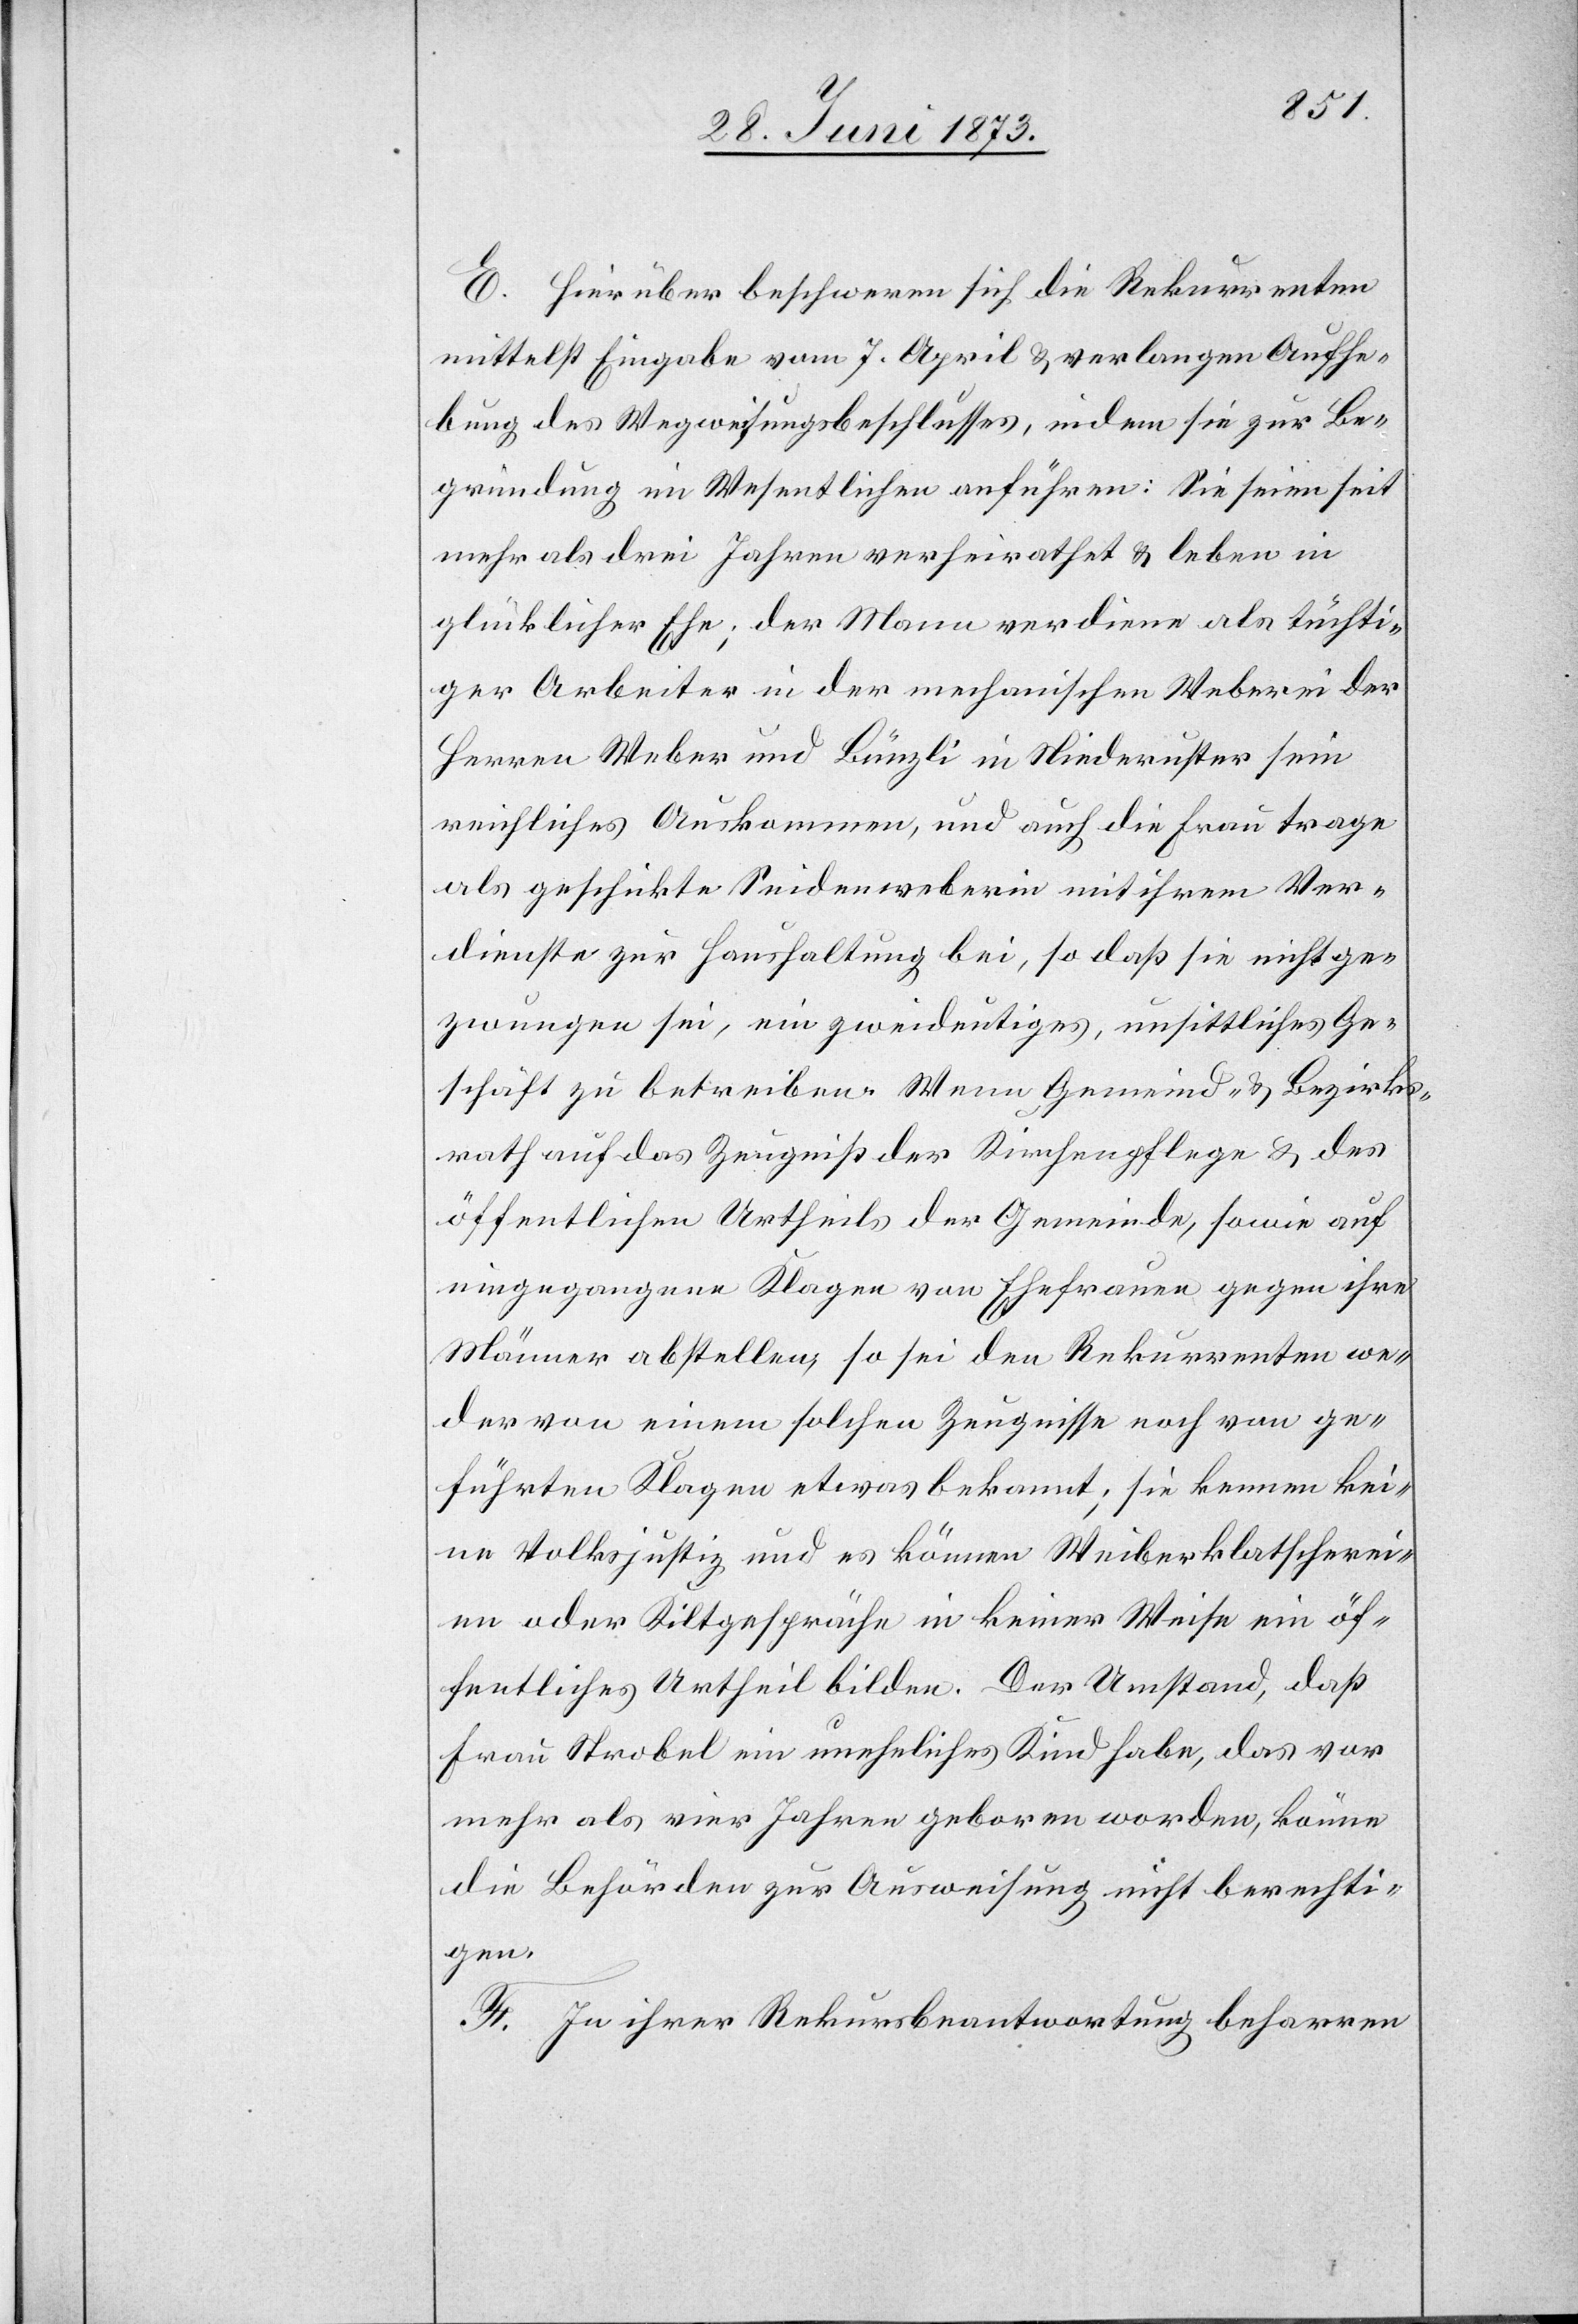
E. Hierüber beschweren sich die Rekurrenten
mittelst Eingabe vom 7. April & verlangen Aufhe¬
bung des Wegweisungsbeschlusses, indem sie zur Be¬
gründung im Wesentlichen anführen: Sie seien seit
mehr als drei Jahren verheirathet & leben in
glücklicher Ehe; der Mann verdiene als tüchti¬
ger Arbeiter in der mechanischen Weberei der
Herren Weber und Bünzli in Niederuster sein
reichliches Auskommen, und auch die Frau trage
als geschickte Seidenweberin mit ihrem Ver¬
dienste zur Haushaltung bei, so daß sie nicht ge¬
zwungen sei, ein zweideutiges, unsittliches Ge¬
schäft zu betreiben. Wenn Gemeind- & Bezirks¬
rath auf das Zeugniß der Kirchenpflege & des
öffentlichen Urtheils der Gemeinde, sowie auf
eingegangene Klagen von Ehefrauen gegen ihre
Männer abstellen, so sei den Rekurrenten we¬
der von einem solchen Zeugnisse noch von ge¬
führten Klagen etwas bekannt; sie kennen kei¬
ne Volksjustiz und es können Weiberklatscherei¬
en oder Kiltgespräche in keiner Weise ein öf¬
fentliches Urtheil bilden. Der Umstand, daß
Frau Strobel ein uneheliches Kind habe, das vor
mehr als vier Jahre geboren worden, könne
die Behörden zur Ausweisung nicht berechti¬
gen.
F. In ihrer Rekursbeantwortung beharren